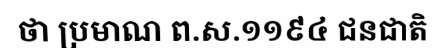
ថា ប្រមាណ ព.ស.១១៩៤ ជនជាតិ